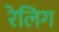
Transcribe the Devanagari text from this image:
रेलिग